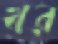
খর